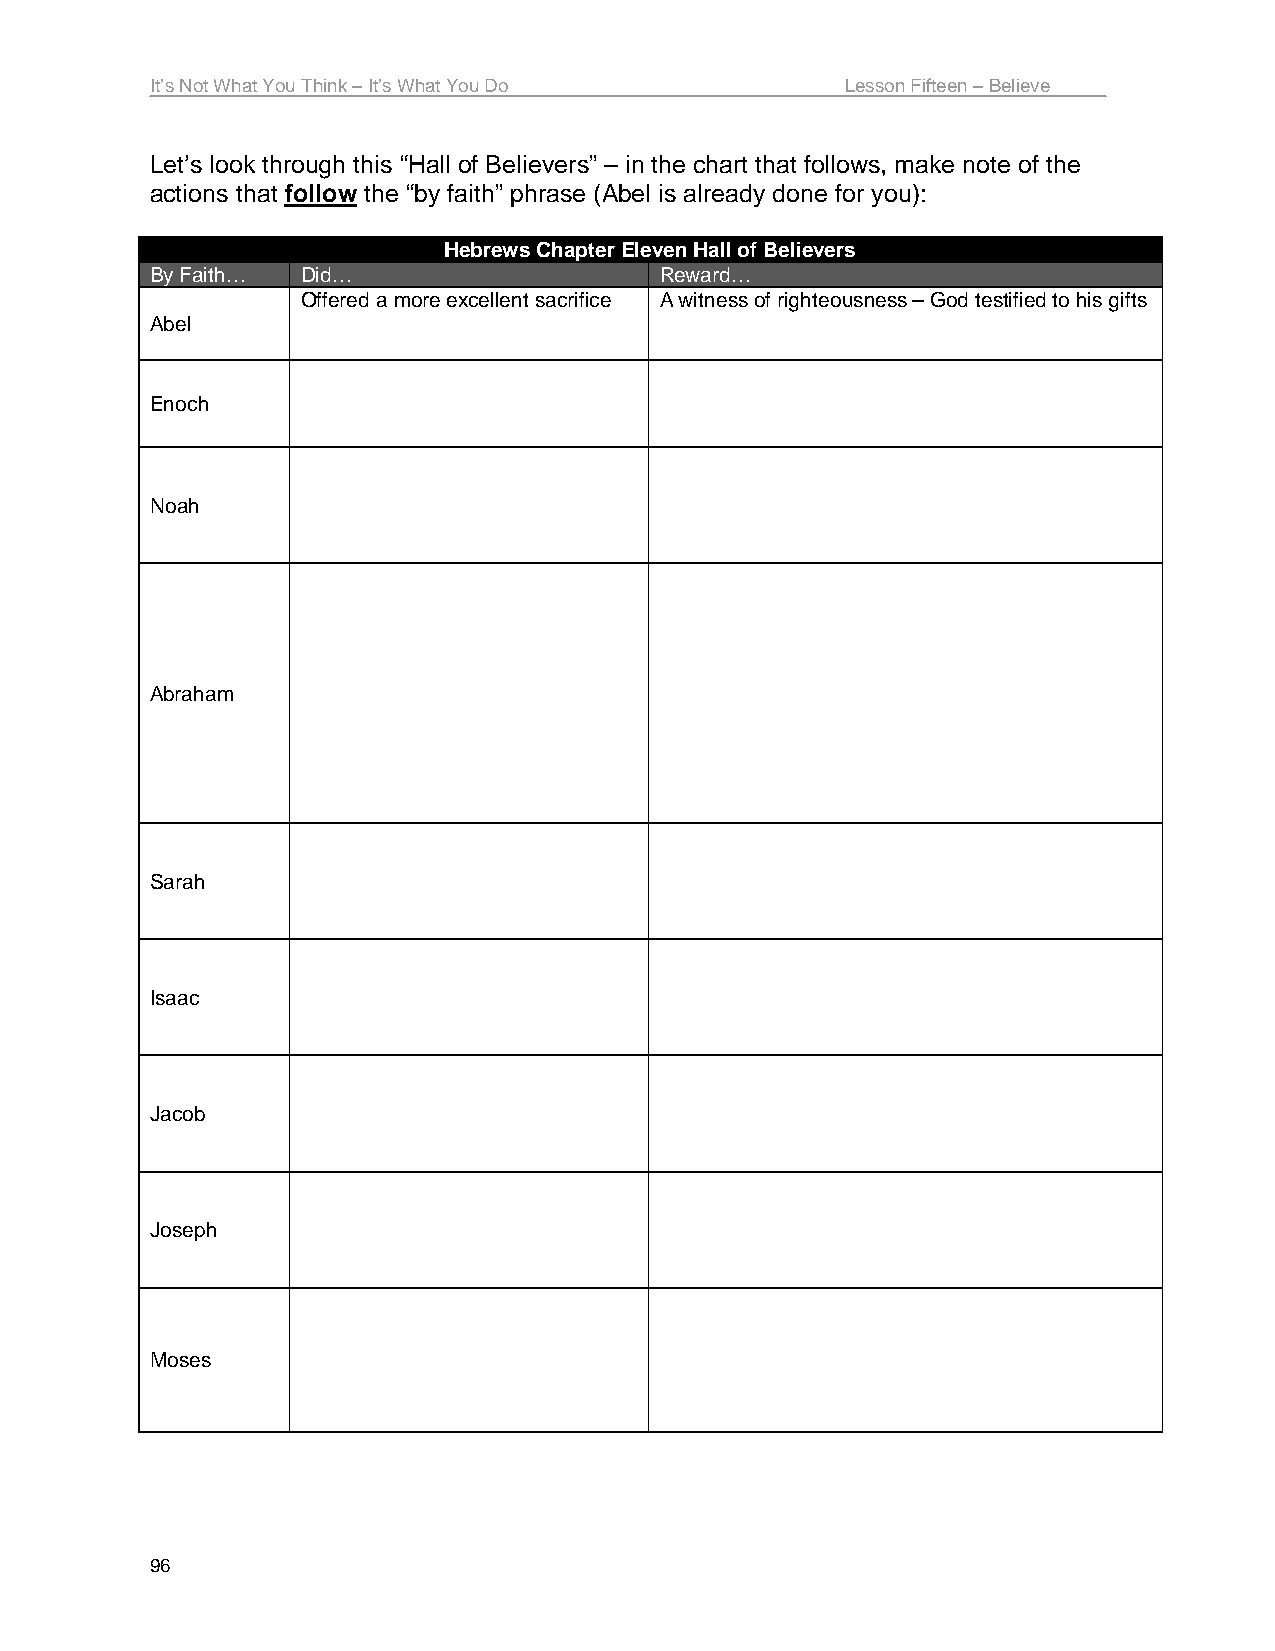
It’s Not What You Think – It’s What You Do    Lesson Fifteen – Believe
 Let’s look through this “Hall of Believers” – in the chart that follows, make note of the
 actions that follow the “by faith” phrase (Abel is already done for you):
 Hebrews Chapter Eleven Hall of Believers
 By Faith… Did…                    Reward…
 Offered a more excellent sacrifice A witness of righteousness – God testified to his gifts
 Abel
 Enoch
 Noah
 Abraham
 Sarah
 Isaac
 Jacob
 Joseph
 Moses
 96